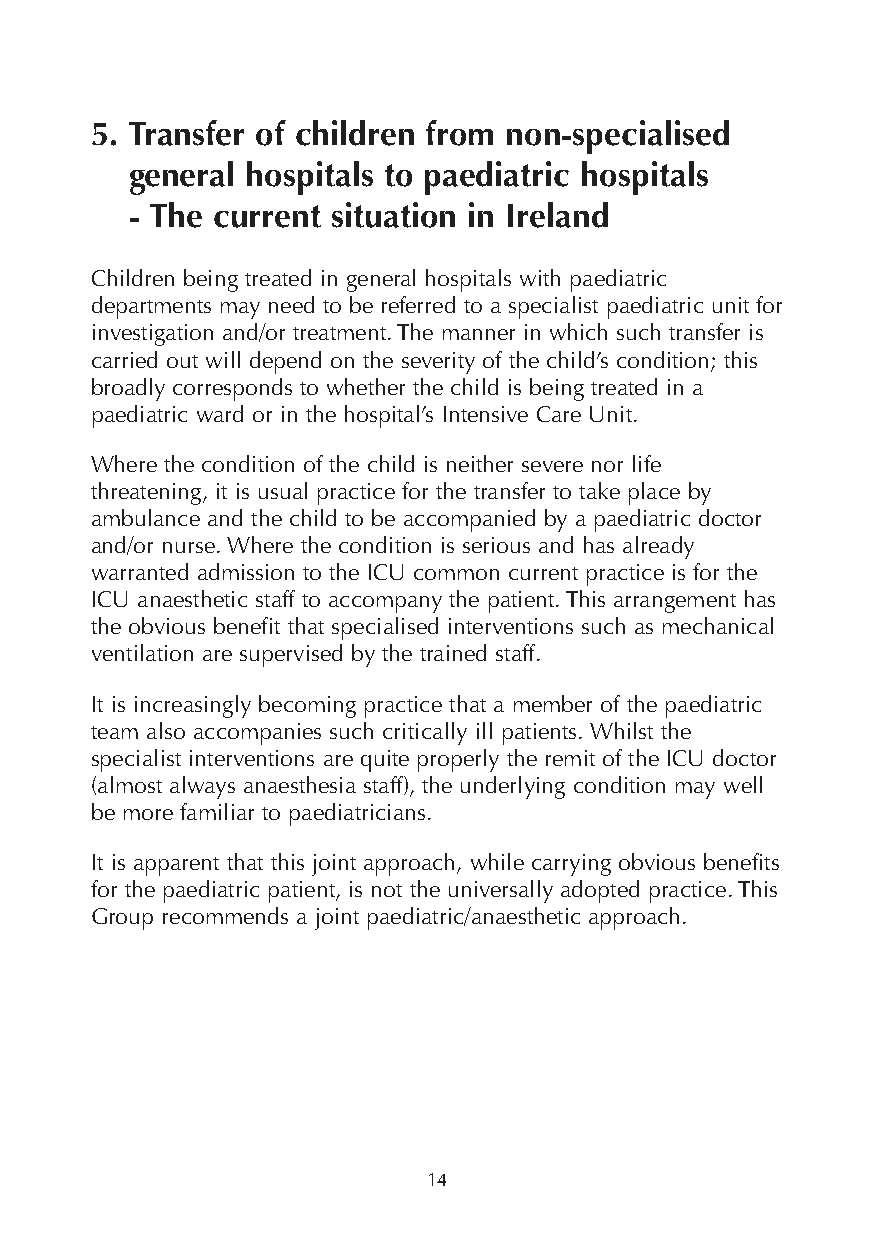
5. Transfer of children from non-specialised
 general hospitals to paediatric hospitals
 - The current situation in Ireland
 Children being treated in general hospitals with paediatric
 departments may need to be referred to a specialist paediatric unit for
 investigation and/or treatment. The manner in which such transfer is
 carried out will depend on the severity of the child’s condition; this
 broadly corresponds to whether the child is being treated in a
 paediatric ward or in the hospital’s Intensive Care Unit.
 Where the condition of the child is neither severe nor life
 threatening, it is usual practice for the transfer to take place by
 ambulance and the child to be accompanied by a paediatric doctor
 and/or nurse. Where the condition is serious and has already
 warranted admission to the ICU common current practice is for the
 ICU anaesthetic staff to accompany the patient. This arrangement has
 the obvious benefit that specialised interventions such as mechanical
 ventilation are supervised by the trained staff.
 It is increasingly becoming practice that a member of the paediatric
 team also accompanies such critically ill patients. Whilst the
 specialist interventions are quite properly the remit of the ICU doctor
 (almost always anaesthesia staff), the underlying condition may well
 be more familiar to paediatricians.
 It is apparent that this joint approach, while carrying obvious benefits
 for the paediatric patient, is not the universally adopted practice. This
 Group recommends a joint paediatric/anaesthetic approach.
 14